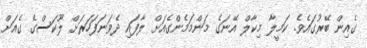
ގެއިން ބޭރުގައެވެ. ކަމީލާ މިކާލް އޭނަގެ މަންމަމެންގެއަށް ލާފައި ދެވަނަފަހަރަށް ލޫކަސްގެ ގެއަށް